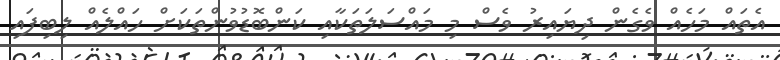
އެތައް މަހެއް ވެގެން ދިޔައިރު ވެސް މި މައްސަލަތަކާއި ކަންބޮޑުވުންތަކަށް ހައްލެއް ލިބިފައި